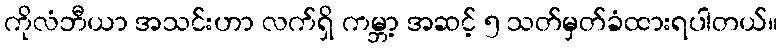
ကိုလံဘီယာ အသင်းဟာ လက်ရှိ ကမ္ဘာ့ အဆင့် ၅ သတ်မှတ်ခံထားရပါတယ်။